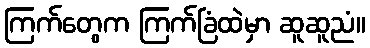
ကြက်တွေက ကြက်ခြံထဲမှာ ဆူဆူညံ။